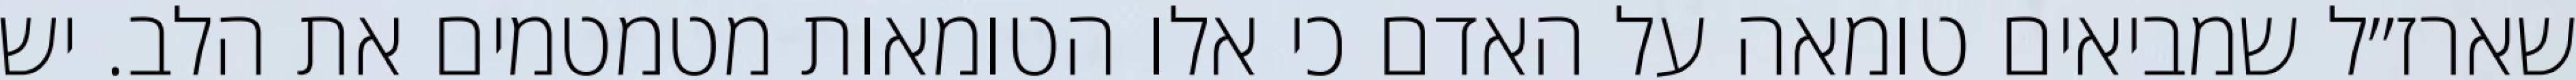
שארז״ל שמביאים טומאה על האדם כי אלו הטומאות מטמטמים את הלב. יש